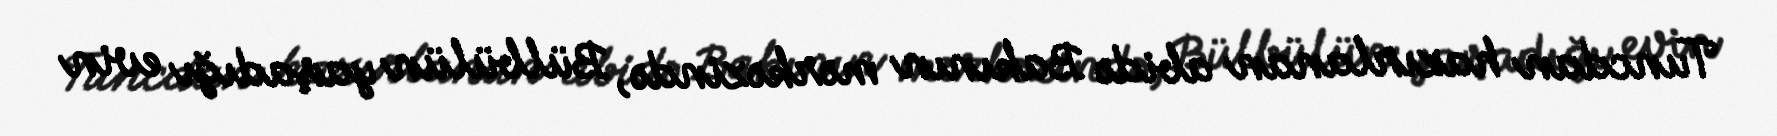
Tuncdan hazırlanan abidə Bakının mərkəzində, Bülbülün yaşadığı evin